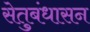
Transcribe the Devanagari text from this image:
सेतुबंधासन